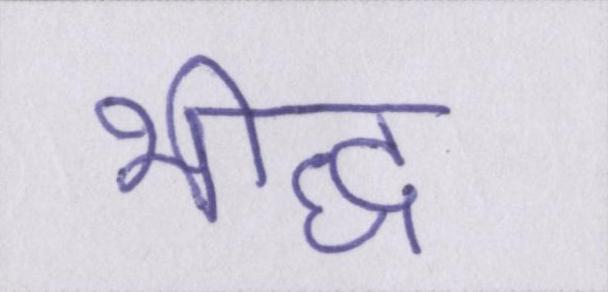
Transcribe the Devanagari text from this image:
भीद्ध